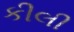
કીલી